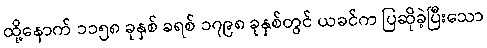
ထို့နောက် ၁၁၅၈ ခုနှစ် ခရစ် ၁၇၉၈ ခုနှစ်တွင် ယခင်က ပြဆိုခဲ့ပြီးသော